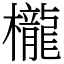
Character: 櫳